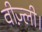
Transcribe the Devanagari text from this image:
वीज़्ली।